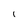
Character: i